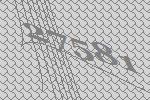
27581